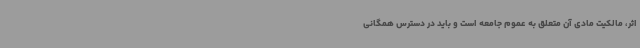
اثر، مالکیت مادی آن متعلق به عموم جامعه است و باید در دسترس همگانی